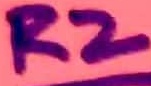
Text: R2